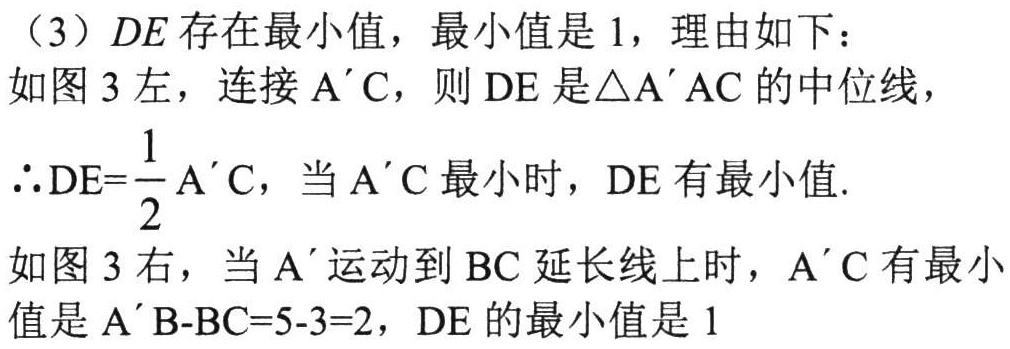
（3）$DE$存在最小值，最小值是$1$，理由如下：

如图$3$左，连接$A^{\prime}C$，则$DE$是$\triangle A^{\prime}AC$的中位线，

$\therefore DE = \dfrac{1}{2}A^{\prime}C$，当$A^{\prime}C$最小时，$DE$有最小值.

如图$3$右，当$A^{\prime}$运动到$BC$延长线上时，$A^{\prime}C$有最小值是$A^{\prime}B - BC = 5 - 3 = 2$，$DE$的最小值是$1$